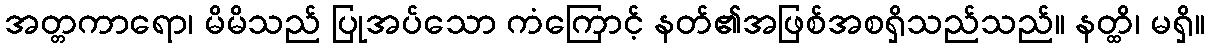
အတ္တကာရော၊ မိမိသည် ပြုအပ်သော ကံကြောင့် နတ်၏အဖြစ်အစရှိသည်သည်။ နတ္ထိ၊ မရှိ။